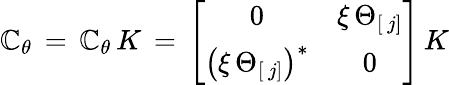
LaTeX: \mathbb{C}_{\theta}\, =\, {\mathbf{\mathbb{C}}}_{\theta}\, K\, =\, \left[\begin{array}{cc}{{0}}&{{\xi\, \Theta_{[\, j]}}}\\ {{\left(\xi\, \Theta_{[\, j]}\right)^{\ast}}}&{{0}}\end{array}\right]\, K